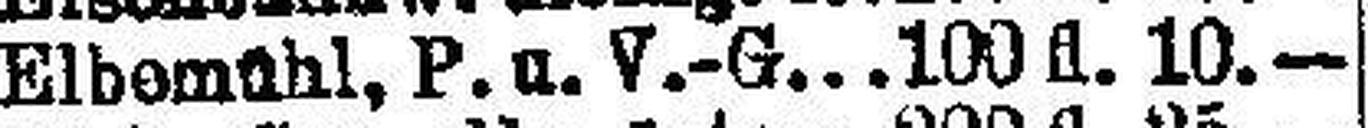
Elbomühl, P. u. V.-G. 100 fl. 10.—